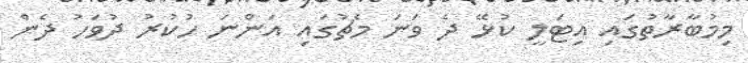
މިމުބާރާތުގައި އިޓަލީ ކުޅޭ ދެ ވަނަ މެޗުގައި އަންނަ ހުކުރު ދުވަހު ދެން